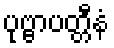
ပုဗ္ဗာပတ္တီနံ